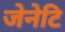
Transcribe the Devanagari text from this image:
जेनेटि